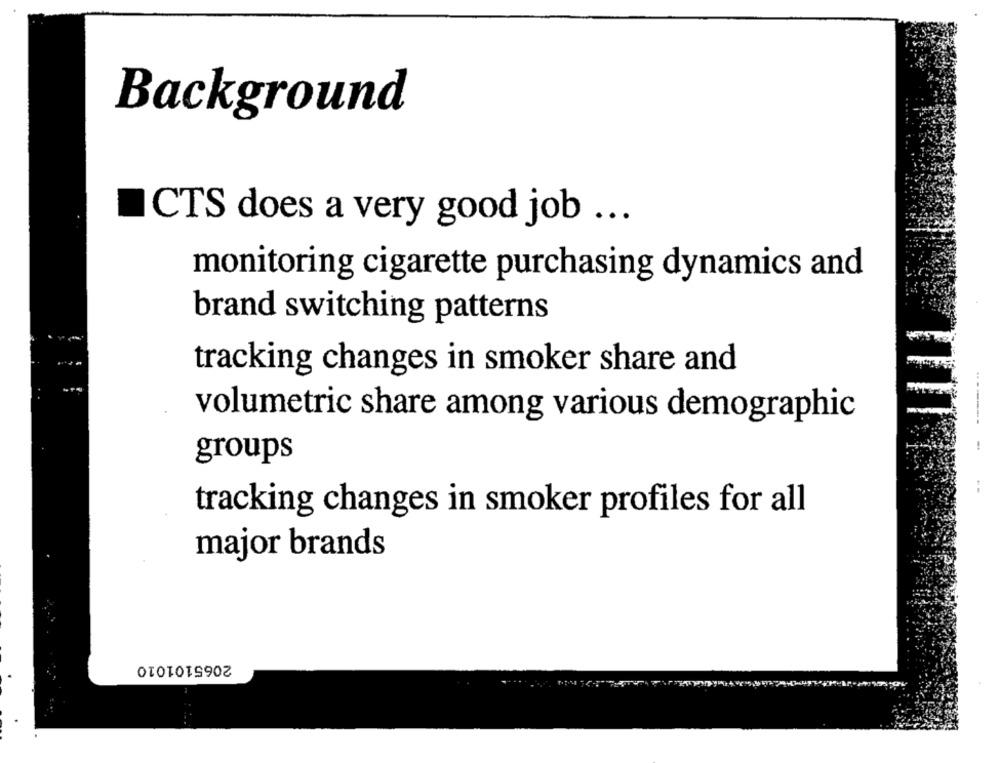
Background
CTS does a very good job ...
monitoring cigarette purchasing dynamics and
brand switching patterns
tracking changes in smoker share and
volumetric share among various demographic
-------
groups
tracking changes in smoker profiles for all
major brands
2065101010